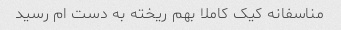
مناسفانه کیک کاملا بهم ریخته به دست ام رسید